Vaccination in Bombay 1902-1912 - 1902-1912
Year: 1902
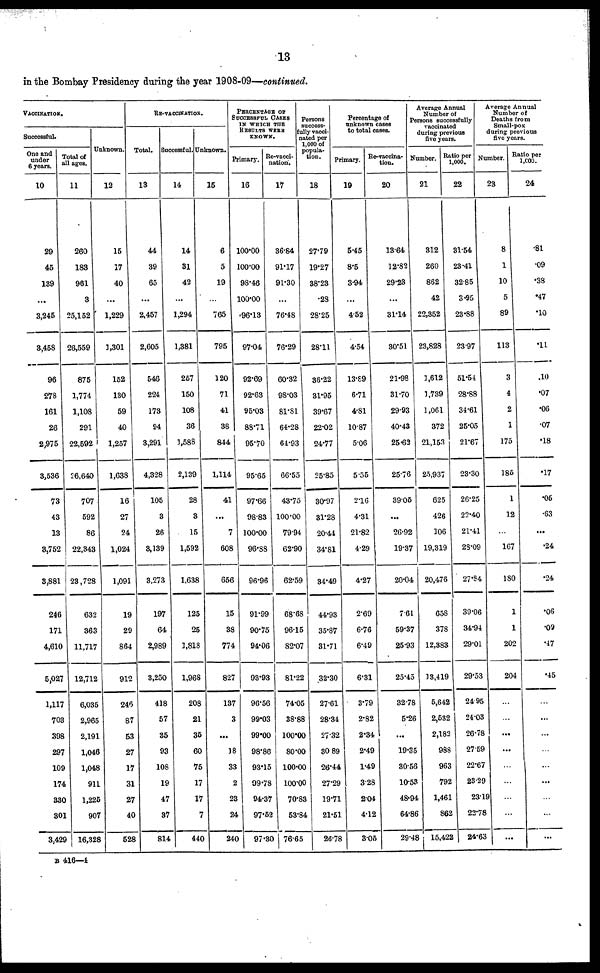
13
in the Bombay Presidency during the year 1908-09—continued.
VACCINATION.
Successful.
One and
under
6 years.
10
29
45
139
...
3,245
3,458
96
278
161
26
2,975
3,536
73
43
13
3,752
3,881
246
171
4,610
5,027
1,117
703
398
297
109
174
330
301
3,429
Total of
all ages.
11
260
183
961
3
25,152
26,559
875
1,774
1,108
291
22,592
26,640
707
592
86
22,343
23,728
632
363
11,717
12,712
6,035
2,965
2,191
1,046
1,048
911
1,225
907
16,328
Unknown.
12
15
17
40
...
1,229
1,301
152
130
59
40
1,257
1,638
16
27
24
1,024
1,091
19
29
864
912
246
87
53
27
17
31
27
40
528
RE-VACCINATION.
Total.
13
44
39
65
...
2,457
2,605
546
224
173
94
3,291
4,328
105
3
26
3,139
3,273
197
64
2,989
3,250
418
57
35
93
108
19
47
37
814
Successful.
14
14
31
42
...
1,294
1,381
257
150
108
36
1,588
2,139
28
3
15
1,592
1,638
125
25
1,818
1,968
208
21
35
60
75
17
17
7
440
Unknown.
15
6
5
19
...
765
795
120
71
41
38
844
1,114
41
...
7
608
656
15
88
774
827
137
3
...
18
33
2
23
24
240
PERCENTAGE OF
SUCCESSFUL CASES
IN WHICH THE
RESULTS WERE
KNOWN.
Primary.
16
100.00
100.00
98.46
100.00
96.13
97.04
92.69
92.63
95.03
88.71
95.70
95.65
97.66
98.83
100.00
96.88
96.96
91.99
90.75
94.06
93.93
96.56
99.03
99.00
98.86
93.15
99.78
94.37
97.52
97.30
Re-vacci-
nation.
17
36.84
91.17
91.30
...
76.48
76.29
60.32
98.03
81.81
64.28
64.93
66.55
43.75
100.00
79.94
62.90
62.59
68.68
96.15
82.07
81.22
74.05
38.88
100.00
80.00
100.00
100.00
70.83
53.84
76.65
Persons
success-
fully vacci-
nated per
1,000 of
popula-
tion.
18
27.79
19.27
38.23
.28
28.25
28.11
36.22
31.95
39.67
22.02
24.77
25.85
30.97
31.28
20.44
34.81
34.49
44.93
35.87
31.71
32.30
27.61
28.34
27.32
30.89
26.44
27.29
19.71
21.51
26.78
Percentage of
unknown cases
to total cases.
Primary.
19
5.45
8.5
3.94
...
4.52
4.54
13.89
6.71
4.81
10.87
5.06
5.55
2.16
4.31
21.82
4.29
4.27
2.69
6.76
6.49
6.31
3.79
2.82
2.34
2.49
1.49
3.28
2.04
4.12
3.05
Re-vaccina-
tion.
20
13.64
12.82
29.23
...
31.14
30.51
21.98
31.70
29.93
40.43
25.63
25.76
39.05
...
26.92
19.37
20.04
7.61
59.37
25.93
25.45
32.78
5.26
...
19.35
30.56
10.53
48.94
64.86
29.48
Average Annual
Number of
Persons successfully
vaccinated
during previous
five years.
Number.
21
312
260
862
42
22,352
23,828
1,612
1,739
1,061
372
21,153
25,937
625
426
106
19,319
20,476
658
378
12,383
13,419
5,642
2,532
2,182
988
963
792
1,461
862
15,422
Ratio per
1,000.
22
31.54
23.41
32.85
3.95
23.88
23.97
51.54
28.88
34.61
25.05
21.67
23.30
26.25
22.40
21.41
23.09
27.84
39.06
34.94
29.01
29.53
24.95
24.03
26.78
27.59
22.67
23.29
23.19
22.78
24.63
Average Annual
Number of
Deaths from
Small-pox
during previous
five years.
Number.
23
8
1
10
5
89
113
3
4
2
1
175
185
1
12
...
167
180
1
1
202
204
...
...
...
...
...
...
...
...
...
Ratio per
1,000.
24
.81
.09
.38
.47
.10
.11
.10
.07
.06
.07
.18
.17
.05
.63
...
.24
.24
.06
.09
.47
.45
...
...
...
...
...
...
...
...
...
B 416—4